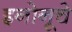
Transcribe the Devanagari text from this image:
इनोनूचे